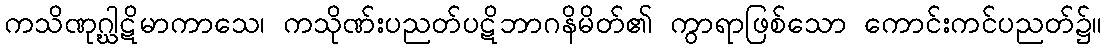
ကသိဏုဂ္ဃါဋိမာကာသေ၊ ကသိုဏ်းပညတ်ပဋိဘာဂနိမိတ်၏ ကွာရာဖြစ်သော ကောင်းကင်ပညတ်၌။